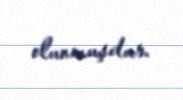
olunmuşdur.